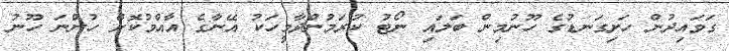
ގަވައިދުން ހަށިގަނޑުގެ ހޫނުމިން ބަލައި ނޯޓު ކުރަމުންދާމީހަކު އޭނާގެ އާއްމުކޮށް ހުންނަ ހޫނު